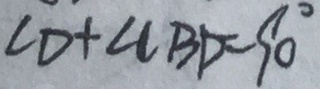
C D + \angle C B D = 9 0 ^ { \circ }